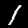
Label: 1